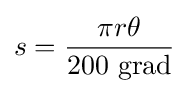
s={\frac {\pi r\theta }{200{\text{ grad}}}}